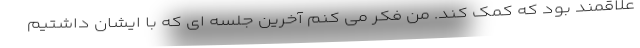
علاقمند بود که کمک کند. من فکر می کنم آخرین جلسه ای که با ایشان داشتیم